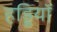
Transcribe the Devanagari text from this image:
हड्डियॉ